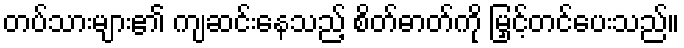
တပ်သားများ၏ ကျဆင်းနေသည့် စိတ်ဓာတ်ကို မြှင့်တင်ပေးသည်။